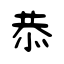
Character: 恭